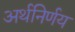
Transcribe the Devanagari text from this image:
अर्थनिर्णय